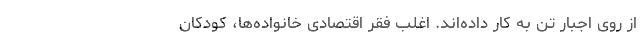
از روی اجبار تن به کار داده‌اند. اغلب فقر اقتصادی خانواده‌ها، کودکان